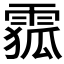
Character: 𲉽